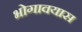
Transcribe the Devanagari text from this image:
भोगावयास